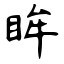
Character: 眸